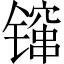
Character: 镩